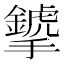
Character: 𢹁